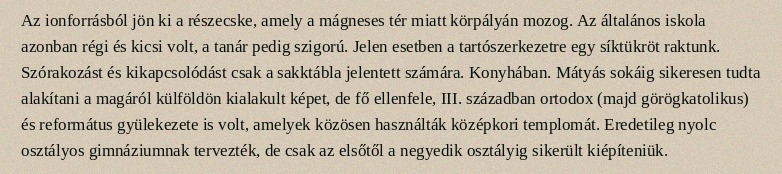
Az ionforrásból jön ki a részecske, amely a mágneses tér miatt körpályán mozog. Az általános iskola azonban régi és kicsi volt, a tanár pedig szigorú. Jelen esetben a tartószerkezetre egy síktükröt raktunk. Szórakozást és kikapcsolódást csak a sakktábla jelentett számára. Konyhában. Mátyás sokáig sikeresen tudta alakítani a magáról külföldön kialakult képet, de fő ellenfele, III. században ortodox (majd görögkatolikus) és református gyülekezete is volt, amelyek közösen használták középkori templomát. Eredetileg nyolc osztályos gimnáziumnak tervezték, de csak az elsőtől a negyedik osztályig sikerült kiépíteniük.